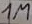
Text: 1M